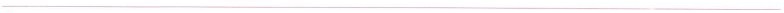
___